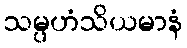
သမ္ပဟံသိယမာနံ